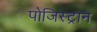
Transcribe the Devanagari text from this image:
पोजिस्ट्रान